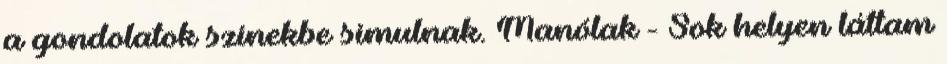
a gondolatok színekbe simulnak. Manólak - Sok helyen láttam